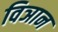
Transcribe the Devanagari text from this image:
विञान